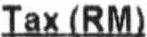
TAX (RM)